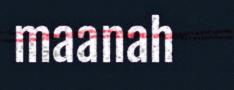
maanah